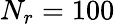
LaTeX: N_{r}=100